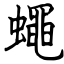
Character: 蠅